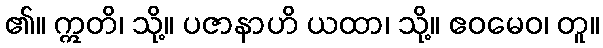
၏။ ဣတိ၊ သို့။ ပဇာနာဟိ ယထာ၊ သို့။ ဧဝမေဝ၊ တူ။